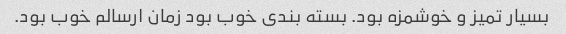
بسیار تمیز و خوشمزه بود. بسته بندی خوب بود زمان ارسالم خوب بود.